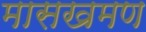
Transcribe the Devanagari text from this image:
मासखमण